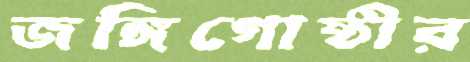
জঙ্গিগোষ্ঠীর